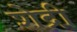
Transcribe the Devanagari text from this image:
शेद्री